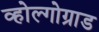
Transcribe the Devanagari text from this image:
व्होल्गोग्राड